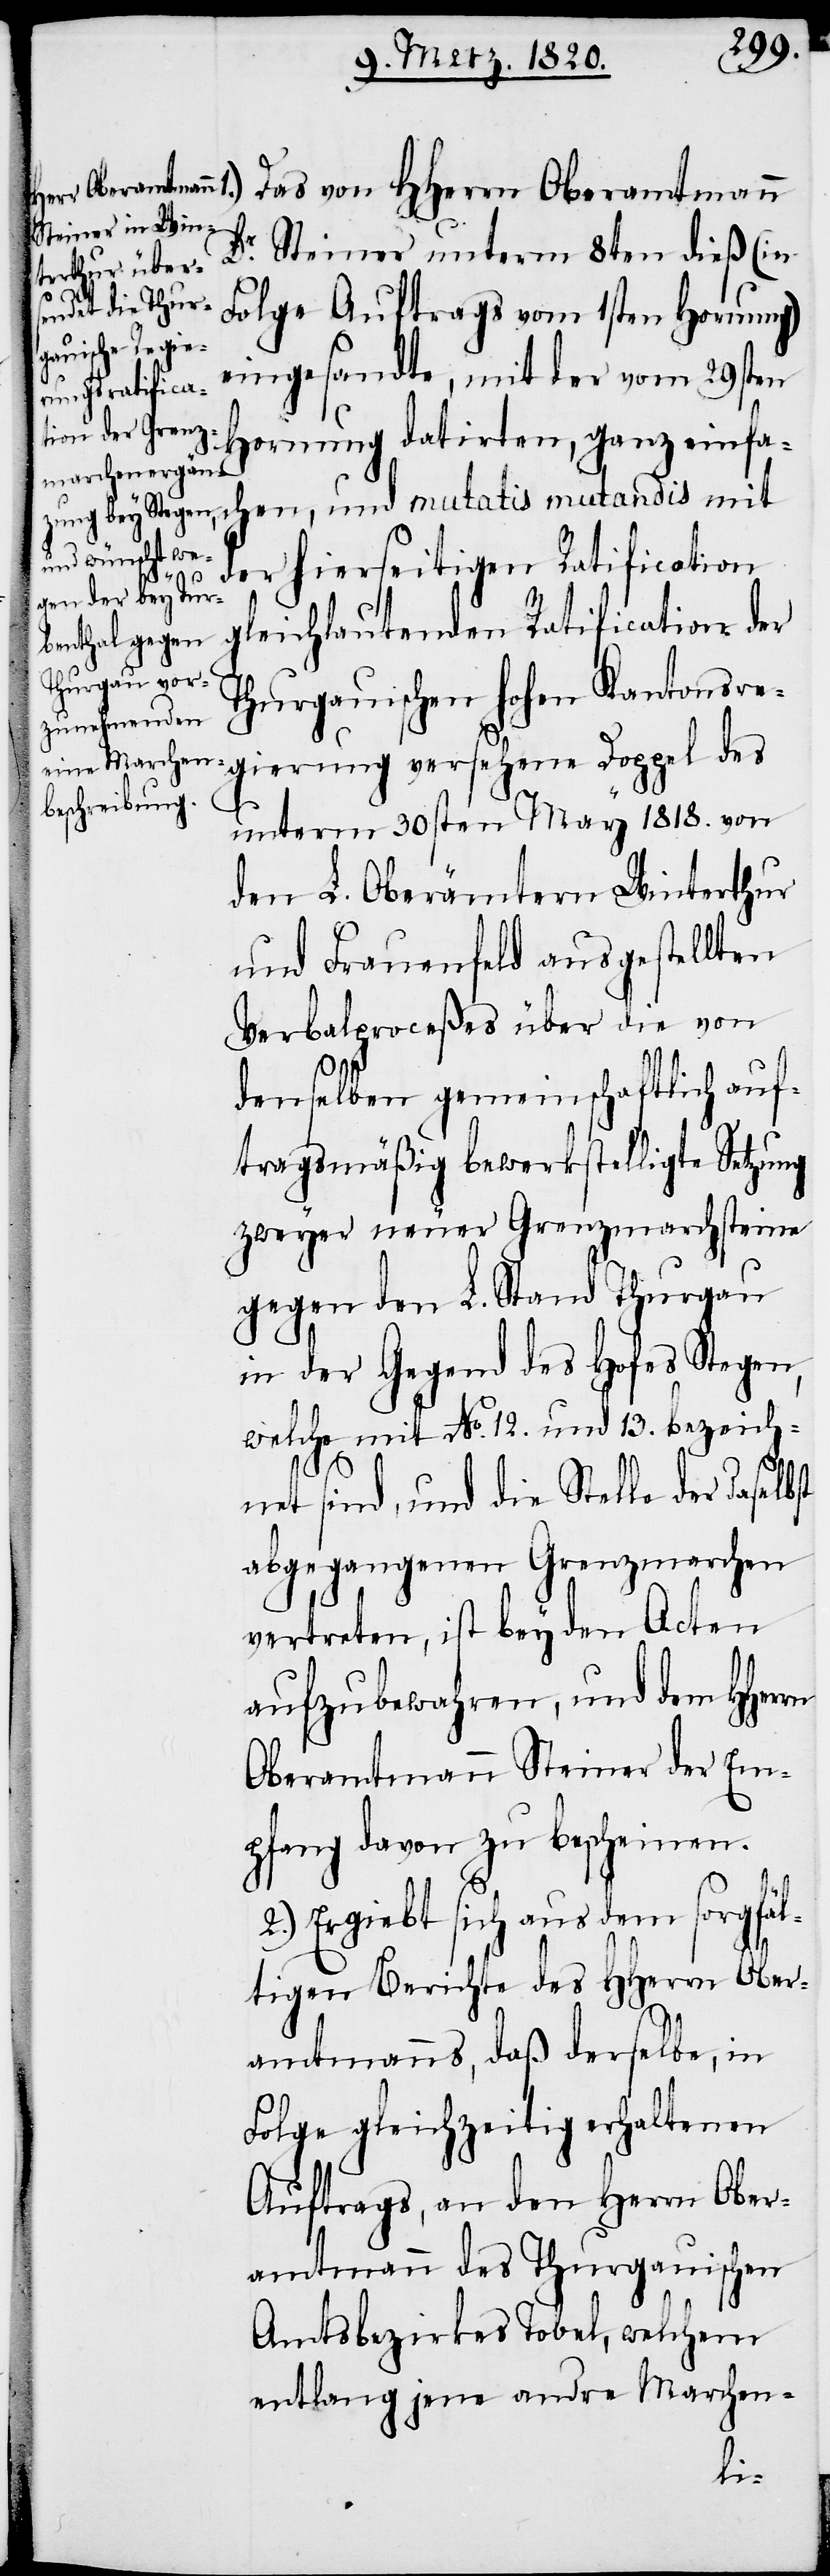
Das von HHerrn Oberamtmann
Dr. Steiner unterm 8ten dieß (in
Folge Auftrags vom 1sten Hornung)
eingesandte, mit der vom 29sten
Hornung datirten, ganz einfa¬
der hierseitigen Ratification
chen,
gleichlautenden Ratification der
Thurgauischen hohen Kantonsre¬
gierung versehene Doppel des
unterm 30sten May 1818. von
den L. Oberämtern Winterthur
und Frauenfeld ausgestellten
Verbalproceßes über die von
denselben gemeinschaftlich auf¬
tragsmäßig bewerkstelligte Setzung
zweyer neuer Grenzmarchsteine
gegen den L. Stand Thurgau
in der Gegend des Hofes Stegen,
welche mit No. 12. und 13. bezeich¬
net sind, und die Stelle der daselbst
abgegangenen Grenzmarchen
vertreten, ist bey den Acten
aufzubewahren, und dem HHerrn
Oberamtmann Steiner der Em¬
pfang davon zu bescheinen.
2.) Ergiebt sich aus dem sorgfäl¬
tigen Berichte des HHerrn Ober¬
amtmanns, daß derselbe, in
Folge gleichzeitig erhaltenen
Auftrags, an den Herrn Ober¬
amtmann des Thurgauischen
Amtsbezirkes Tobel, welchem
entlang jene andre Marchen-